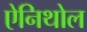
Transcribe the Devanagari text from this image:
ऐनिथोल